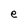
Character: e